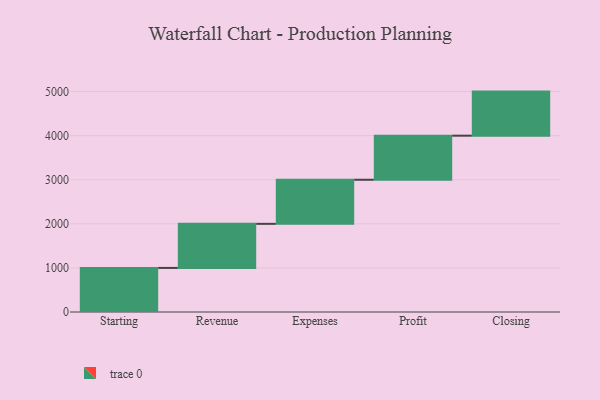
{"axis": {"x": "Step", "y": "Value"}, "legend": [""], "data": [{"x": "Starting", "y": 1000, "type": ""}, {"x": "Revenue", "y": 1000, "type": ""}, {"x": "Expenses", "y": 1000, "type": ""}, {"x": "Profit", "y": 1000, "type": ""}, {"x": "Closing", "y": 1000, "type": ""}]}